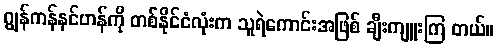
ဂျွန်ကန်နင်ဟန်ကို တစ်နိုင်ငံလုံးက သူရဲကောင်းအဖြစ် ချီးကျူးကြ တယ်။